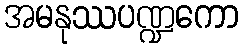
အမနုဿပဏ္ဍကော